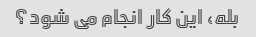
بله، این کار انجام می شود؟